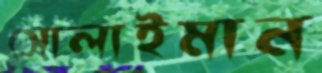
সোলাইমান